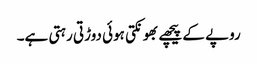
روپے کے پیچھے بھونکتی ہوئی دوڑتی رہتی ہے۔